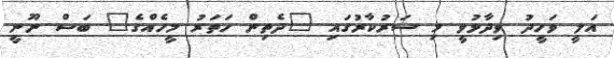
އަލީ ވަހީދު ވިދާޅުވީ މި ސަރުކާރުގައި "ދެތިން ހަތަރު މީހެއްގެ" ބަސް ނޫނީ